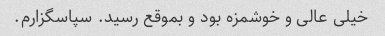
خیلی عالی و خوشمزه بود و بموقع رسید. سپاسگزارم.